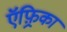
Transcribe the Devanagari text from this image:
ऍफ़्रिका